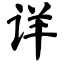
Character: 详